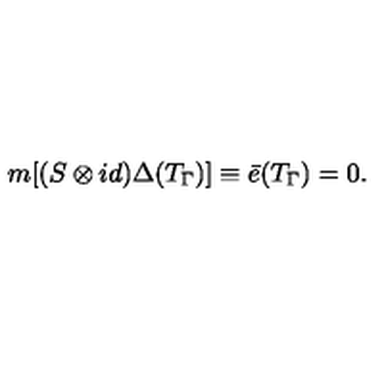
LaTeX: m [ ( S \otimes i d ) \Delta ( T _ { \Gamma } ) ] \equiv \bar { e } ( T _ { \Gamma } ) = 0 .